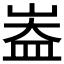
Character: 𪨻